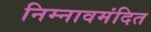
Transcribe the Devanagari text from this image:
निम्नावमंदित